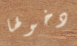
دخولها